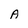
Character: A